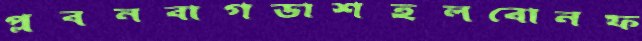
প্লবনবাগডাশহলবোনফ